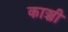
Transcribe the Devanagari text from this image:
काञ्ची